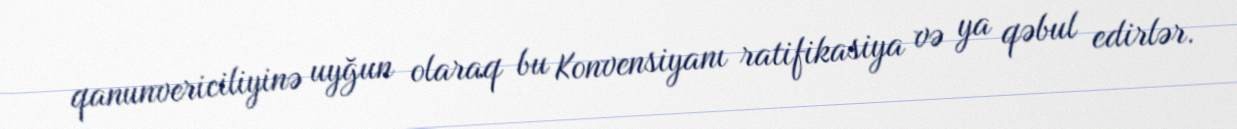
qanunvericiliyinə uyğun olaraq bu Konvensiyanı ratifikasiya və ya qəbul edirlər.